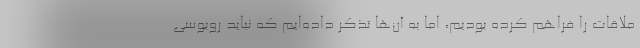
ملاقات را فراهم کرده بودیم، اما به آن‌ها تذکر داده‌ایم که نباید روبوسی